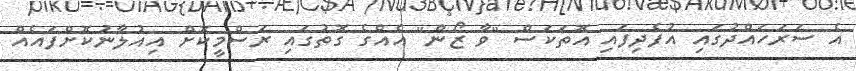
އެ ސަރަހައްދުގައި އުފެދިފައި އޮތަކަސް "ވާ ޒޯން" އެއްގެ ގޮތުގައި ރަސްމީކޮށް އިއުލާނުކޮށްފައެއް